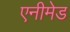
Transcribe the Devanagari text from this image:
एनीमेड